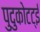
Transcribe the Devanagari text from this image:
पुदुकोटट्ई